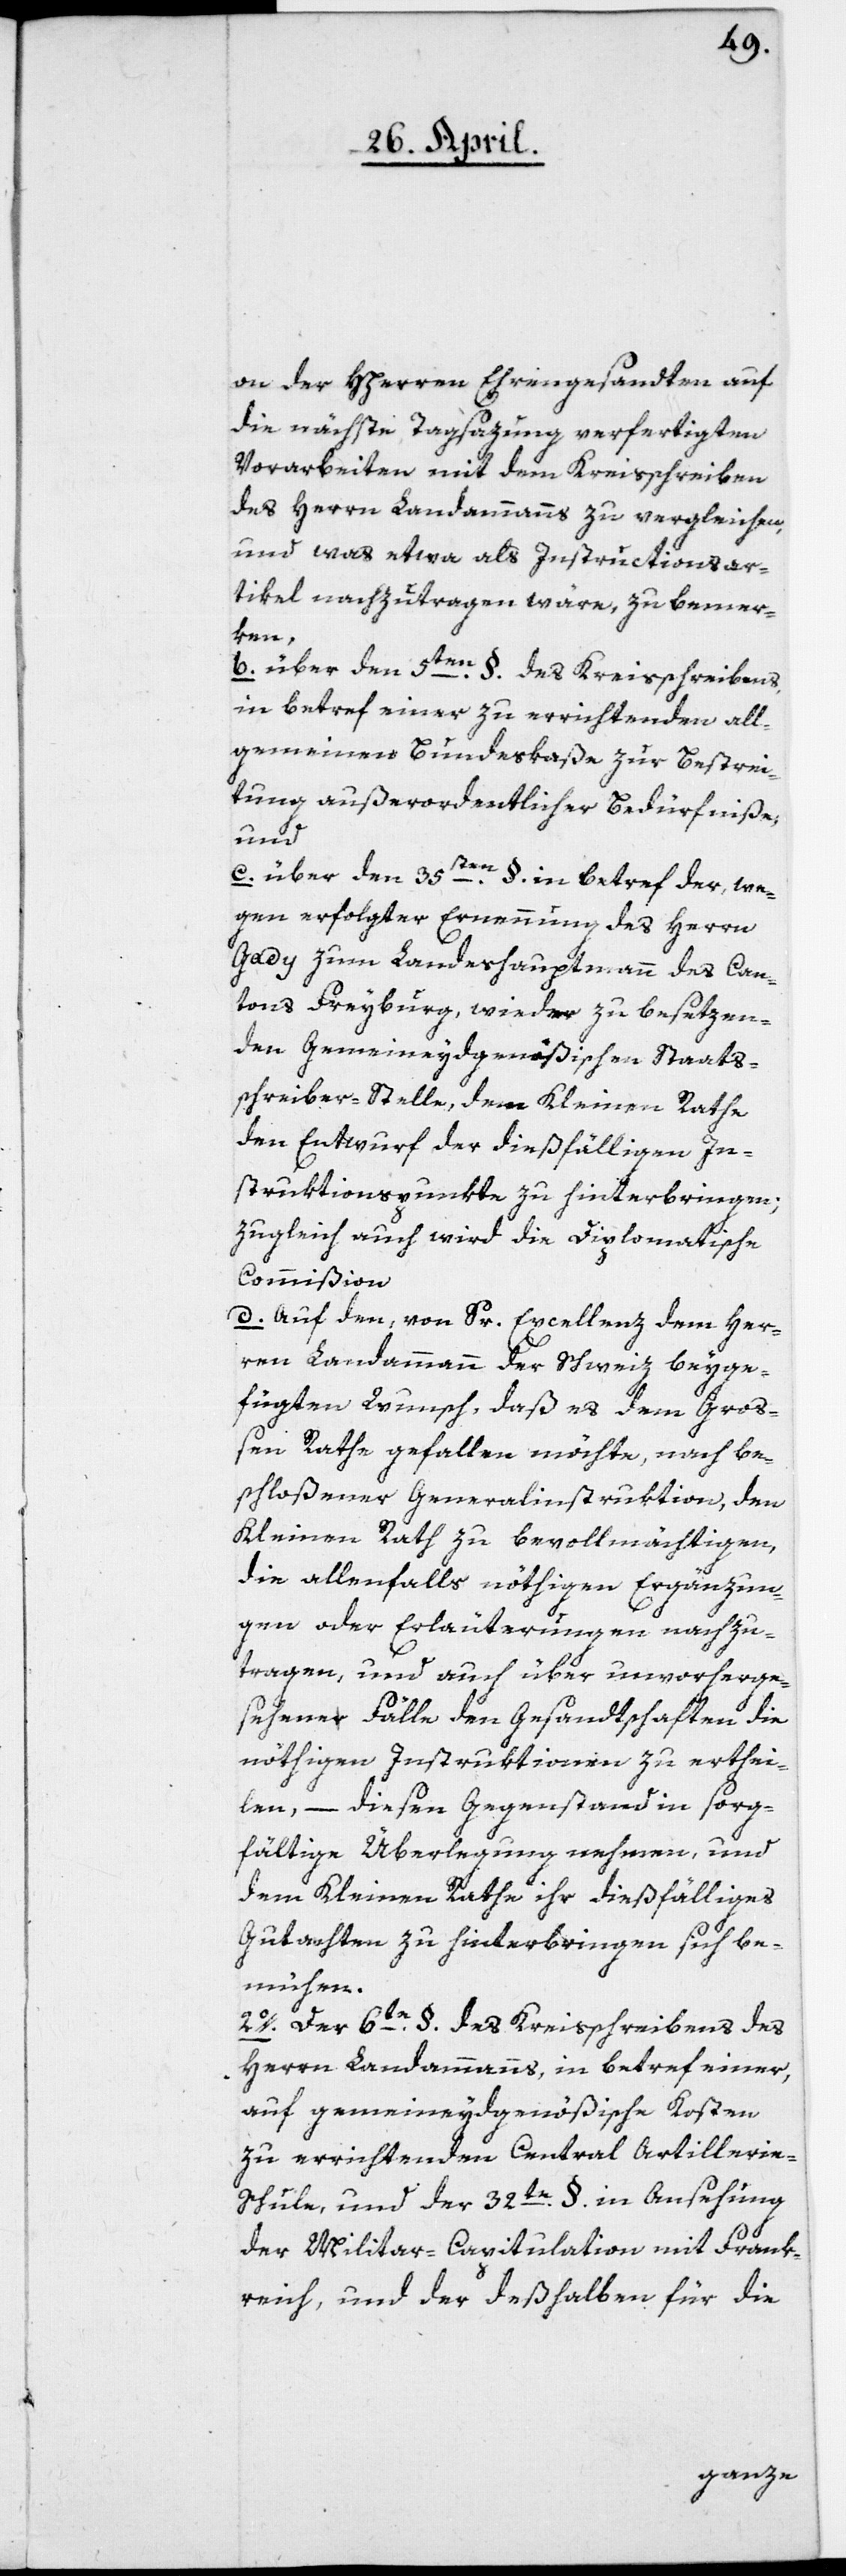
on der HHerren Ehrengesandten auf
die nächste Tagsazung verfertigten
Vorarbeiten mit dem Kreisschreiben
des Herrn Landammanns zu vergleichen,
und was etwa als Instructionsar¬
tikel nachzutragen wäre, zu bemer¬
ken,
b. über den 5ten §. des Kreisschreibens,
in betref einer zu errichtenden all¬
gemeinen Bundeskaße zur Bestrei¬
tung außerordentlicher Bedürfniße,
und
c. über den 35sten §. in betref der, we¬
gen erfolgter Ernennung des Herrn
Gady zum Landeshauptmann des Can¬
tons Freyburg, wieder zu besetzen¬
den Gemeineydgenößischen Staats¬
schreiber-Stelle, dem Kleinen Rathe
den Entwurf der dießfälligen In¬
struktionspunkte zu hinterbringen;
zugleich auch wird die diplomatische
Commißion
d. auf den, von Sr. Excellenz dem Her¬
ren Landammann der Schweiz beyge¬
fügten Wunsch, daß es dem Groß¬
en Rathe gefallen möchte, nach be¬
schloßener Generalinstruktion, den
Kleinen Rath zu bevollmächtigen,
die allenfalls nöthigen Ergänzun¬
gen oder Erläuterungen nachzu¬
tragen, und auch über unvorherge¬
sehene Fälle den Gesandtschaften die
nöthigen Instruktionen zu erthei¬
len, – diesen Gegenstand in sorg¬
fältige Überlegung nehmen, und
dem Kleinen Rathe ihr dießfälliges
Gutachten zu hinterbringen sich be¬
mühen.
2o. Der 6te §. des Kreisschreibens des
Herrn Landammanns, in betref einer,
auf gemeineydgenößische Kosten
zu errichtenden Central Artillerie-S¬
chule und der 32te §. in Ansehung
der Militair-Capitulation mit Frank¬
reich, und der deßhalben für die